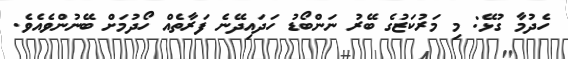
ހެދުމާ ގުޅޭ: މި މަރުކަޒުގެ ބޭރު ނަންބޯޑު ހަދައިދޭނެ ފަރާތެއް ހޯދުމަށް ބޭނުންވެއެވެ.